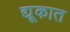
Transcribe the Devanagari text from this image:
द्यूकात